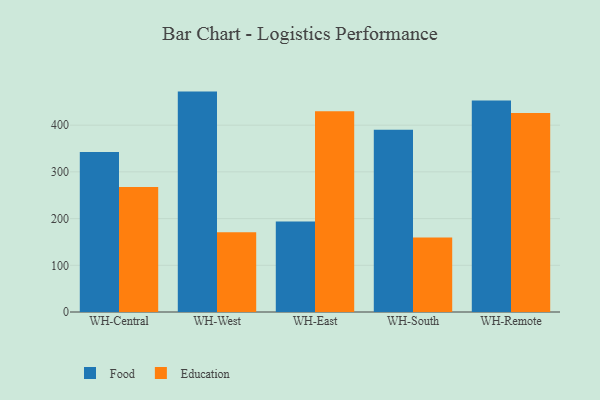
{"axis": {"x": "Warehouse", "y": "Market Share (%)"}, "legend": ["Education", "Food"], "data": [{"x": "WH-Central", "y": 342.6, "type": "Food"}, {"x": "WH-Central", "y": 267.7, "type": "Education"}, {"x": "WH-West", "y": 471.9, "type": "Food"}, {"x": "WH-West", "y": 170.6, "type": "Education"}, {"x": "WH-East", "y": 193.6, "type": "Food"}, {"x": "WH-East", "y": 429.6, "type": "Education"}, {"x": "WH-South", "y": 390.1, "type": "Food"}, {"x": "WH-South", "y": 159.4, "type": "Education"}, {"x": "WH-Remote", "y": 452.9, "type": "Food"}, {"x": "WH-Remote", "y": 426.2, "type": "Education"}]}